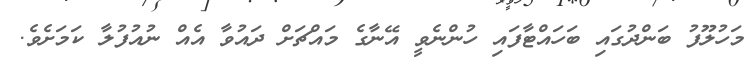
މަހުލޫފު ބަންދުގައި ބަހައްޓާފައި ހުންނެވީ އޭނާގެ މައްޗަށް ދައުވާ އެއް ނުއުފުލާ ކަމަށެވެ.